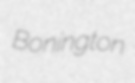
Bonington